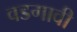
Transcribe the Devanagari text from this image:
वडगावी